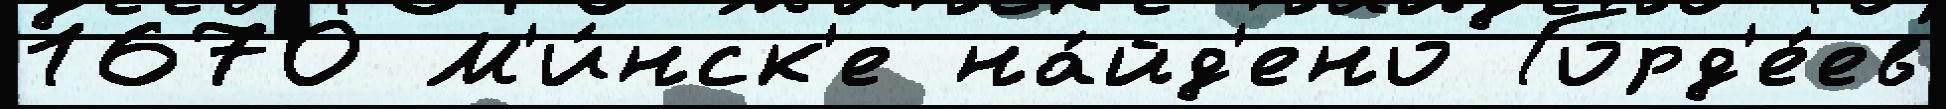
1670 М'и́нск'е на́йд'ено Горд'е́ев